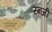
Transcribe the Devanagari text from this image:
रन्जी